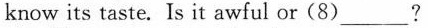
know its taste. Is it awful or(8)___?